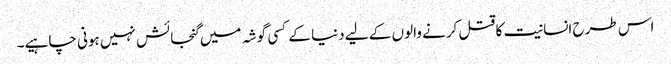
اس طرح انسانیت کا قتل کرنے والوں کے لیے دنیا کے کسی گوشہ میں گنجائش نہیں ہونی چاہیے۔